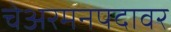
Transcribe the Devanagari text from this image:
चेअरमनपदावर